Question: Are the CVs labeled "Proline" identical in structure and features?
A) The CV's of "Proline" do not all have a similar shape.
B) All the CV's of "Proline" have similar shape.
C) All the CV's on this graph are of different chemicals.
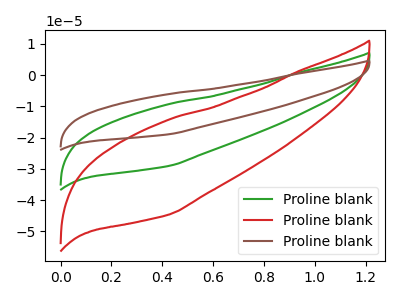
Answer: <think>The green curve "Proline blank1" has no peaks. The red curve "Proline blank2" has no peaks. The brown curve "Proline blank3" has no peaks.
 Neither "Proline blank1" or "Proline blank2" have any peaks. Neither "Proline blank1" or "Proline blank3" have any peaks. Neither "Proline blank2" or "Proline blank3" have any peaks.</think>
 <answer>B) All the CV's of "Proline" have similar shape.</answer>
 <eval>B</eval>